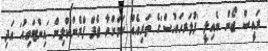
ރައީސް ޖޯން ބެއިލީ 'ފުލަރހައުސް'ގެ ތަރިއެއް ކަމަށްވާ ޖެފް ފްރެންކްލިން 'އިންޓަވިއު' އަދި